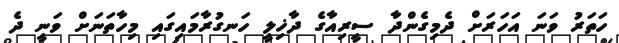
ހަތަރު ވަނަ އަހަރަށް ދެމިގެންދާ ސީރިއާގެ ދާޚިލީ ހަނގުރާމައިގައި މިހާތަނަށް ވަނީ ދެ